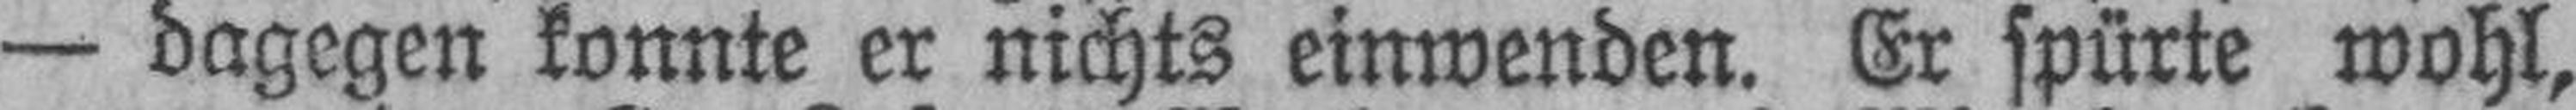
— dagegen konnte er nichts einwenden. Er spürte wohl,